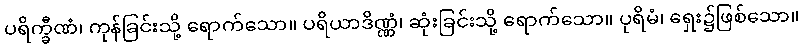
ပရိက္ခီဏံ၊ ကုန်ခြင်းသို့ ရောက်သော။ ပရိယာဒိဏ္ဏံ၊ ဆုံးခြင်းသို့ ရောက်သော။ ပုရိမံ၊ ရှေး၌ဖြစ်သော။